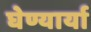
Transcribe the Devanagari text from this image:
घेण्यार्या